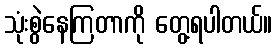
သုံးစွဲနေကြတာကို တွေ့ရပါတယ်။